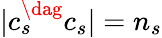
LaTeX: |c_{s}^{\dag}c_{s}|=n_{s}